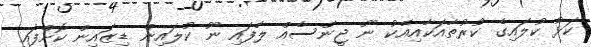
ކަޅު ކުލައިގެ ކުރުތާއަކާއިއެކު ނޫ ޖީންސެއް ލާފައި ނޫ ކުލައިން ޑިޒައިން ކޮށްފައި